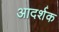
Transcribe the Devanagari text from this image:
आदर्शक